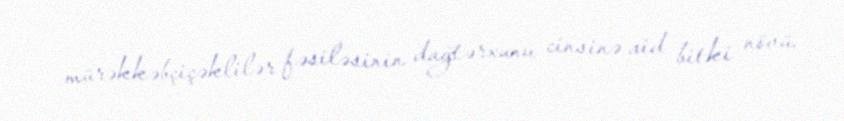
mürəkkəbçiçəklilər fəsiləsinin dağtərxunu cinsinə aid bitki növü.